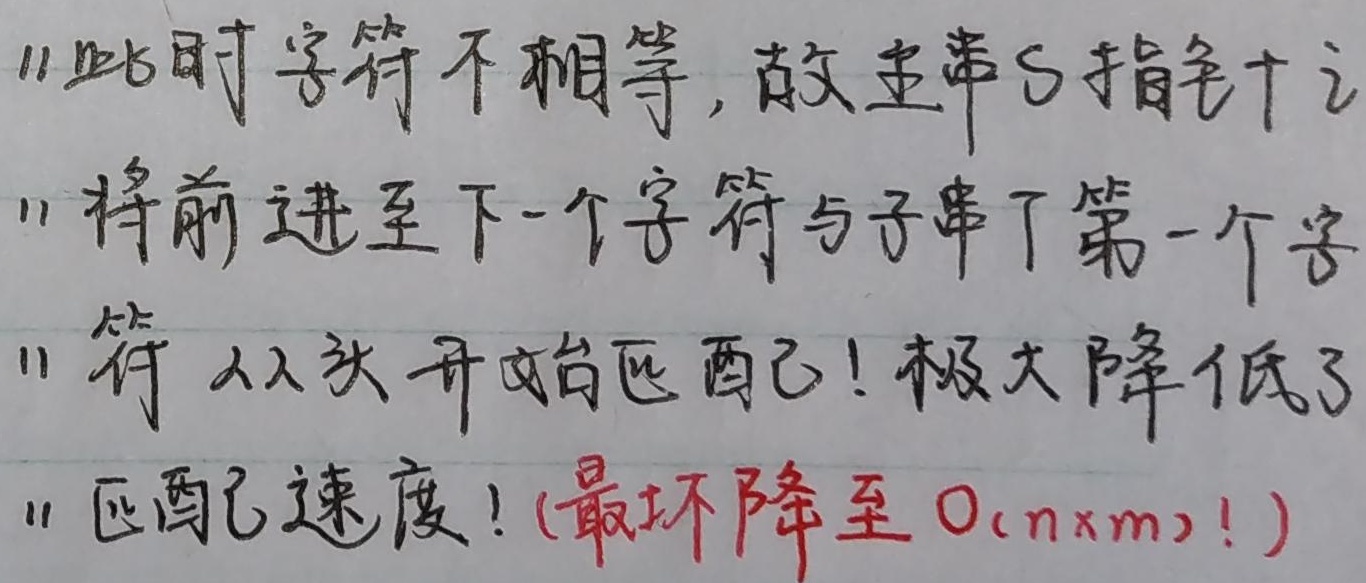
1. 此时字符不相等，故主串S指针将前进至下一个字符与子串T第一个字符从头开始匹配！极大降低了匹配速度！(最坏降至 \(O(n×m)\) ！)